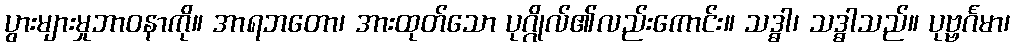
ပွားများမှုဘာဝနာကို။ အာရဘတော၊ အားထုတ်သော ပုဂ္ဂိုလ်၏လည်းကောင်း။ သဒ္ဓါ၊ သဒ္ဓါသည်။ ပုဗ္ဗင်္ဂမာ၊